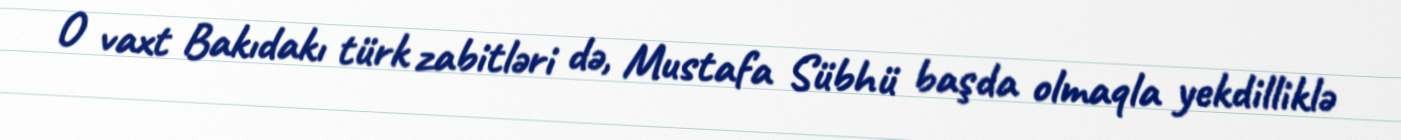
O vaxt Bakıdakı türk zabitləri də, Mustafa Sübhü başda olmaqla yekdilliklə